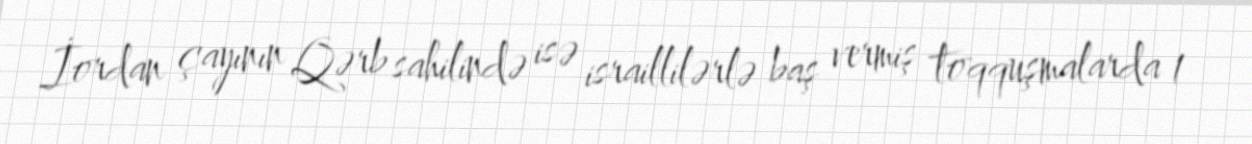
İordan çayının Qərb sahilində isə israillilərlə baş vermiş toqquşmalarda 1